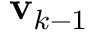
\mathbf { v } _ { k - 1 }